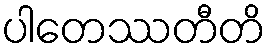
ပါတေဿတီတိ